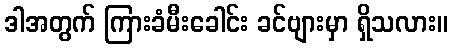
ဒါအတွက် ကြားခံမီးခေါင်း ခင်ဗျားမှာ ရှိသလား။